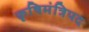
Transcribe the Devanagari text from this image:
कृषिमंत्रिपद